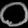
Digit: ၀